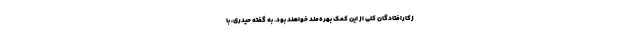
زکارافتادگان کلی از این کمک بهره‌مند خواهند بود. به گفته حیدری، با